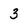
Character: 3